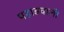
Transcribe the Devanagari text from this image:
पहाडवाली